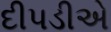
દીપડીએ